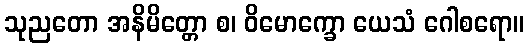
သုညတော အနိမိတ္တော စ၊ ဝိမောက္ခော ယေသံ ဂေါစရော။